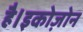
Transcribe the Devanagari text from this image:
है।इकोज़ोन